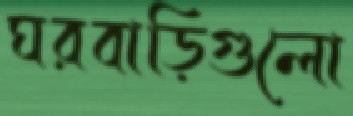
ঘরবাড়িগুলো